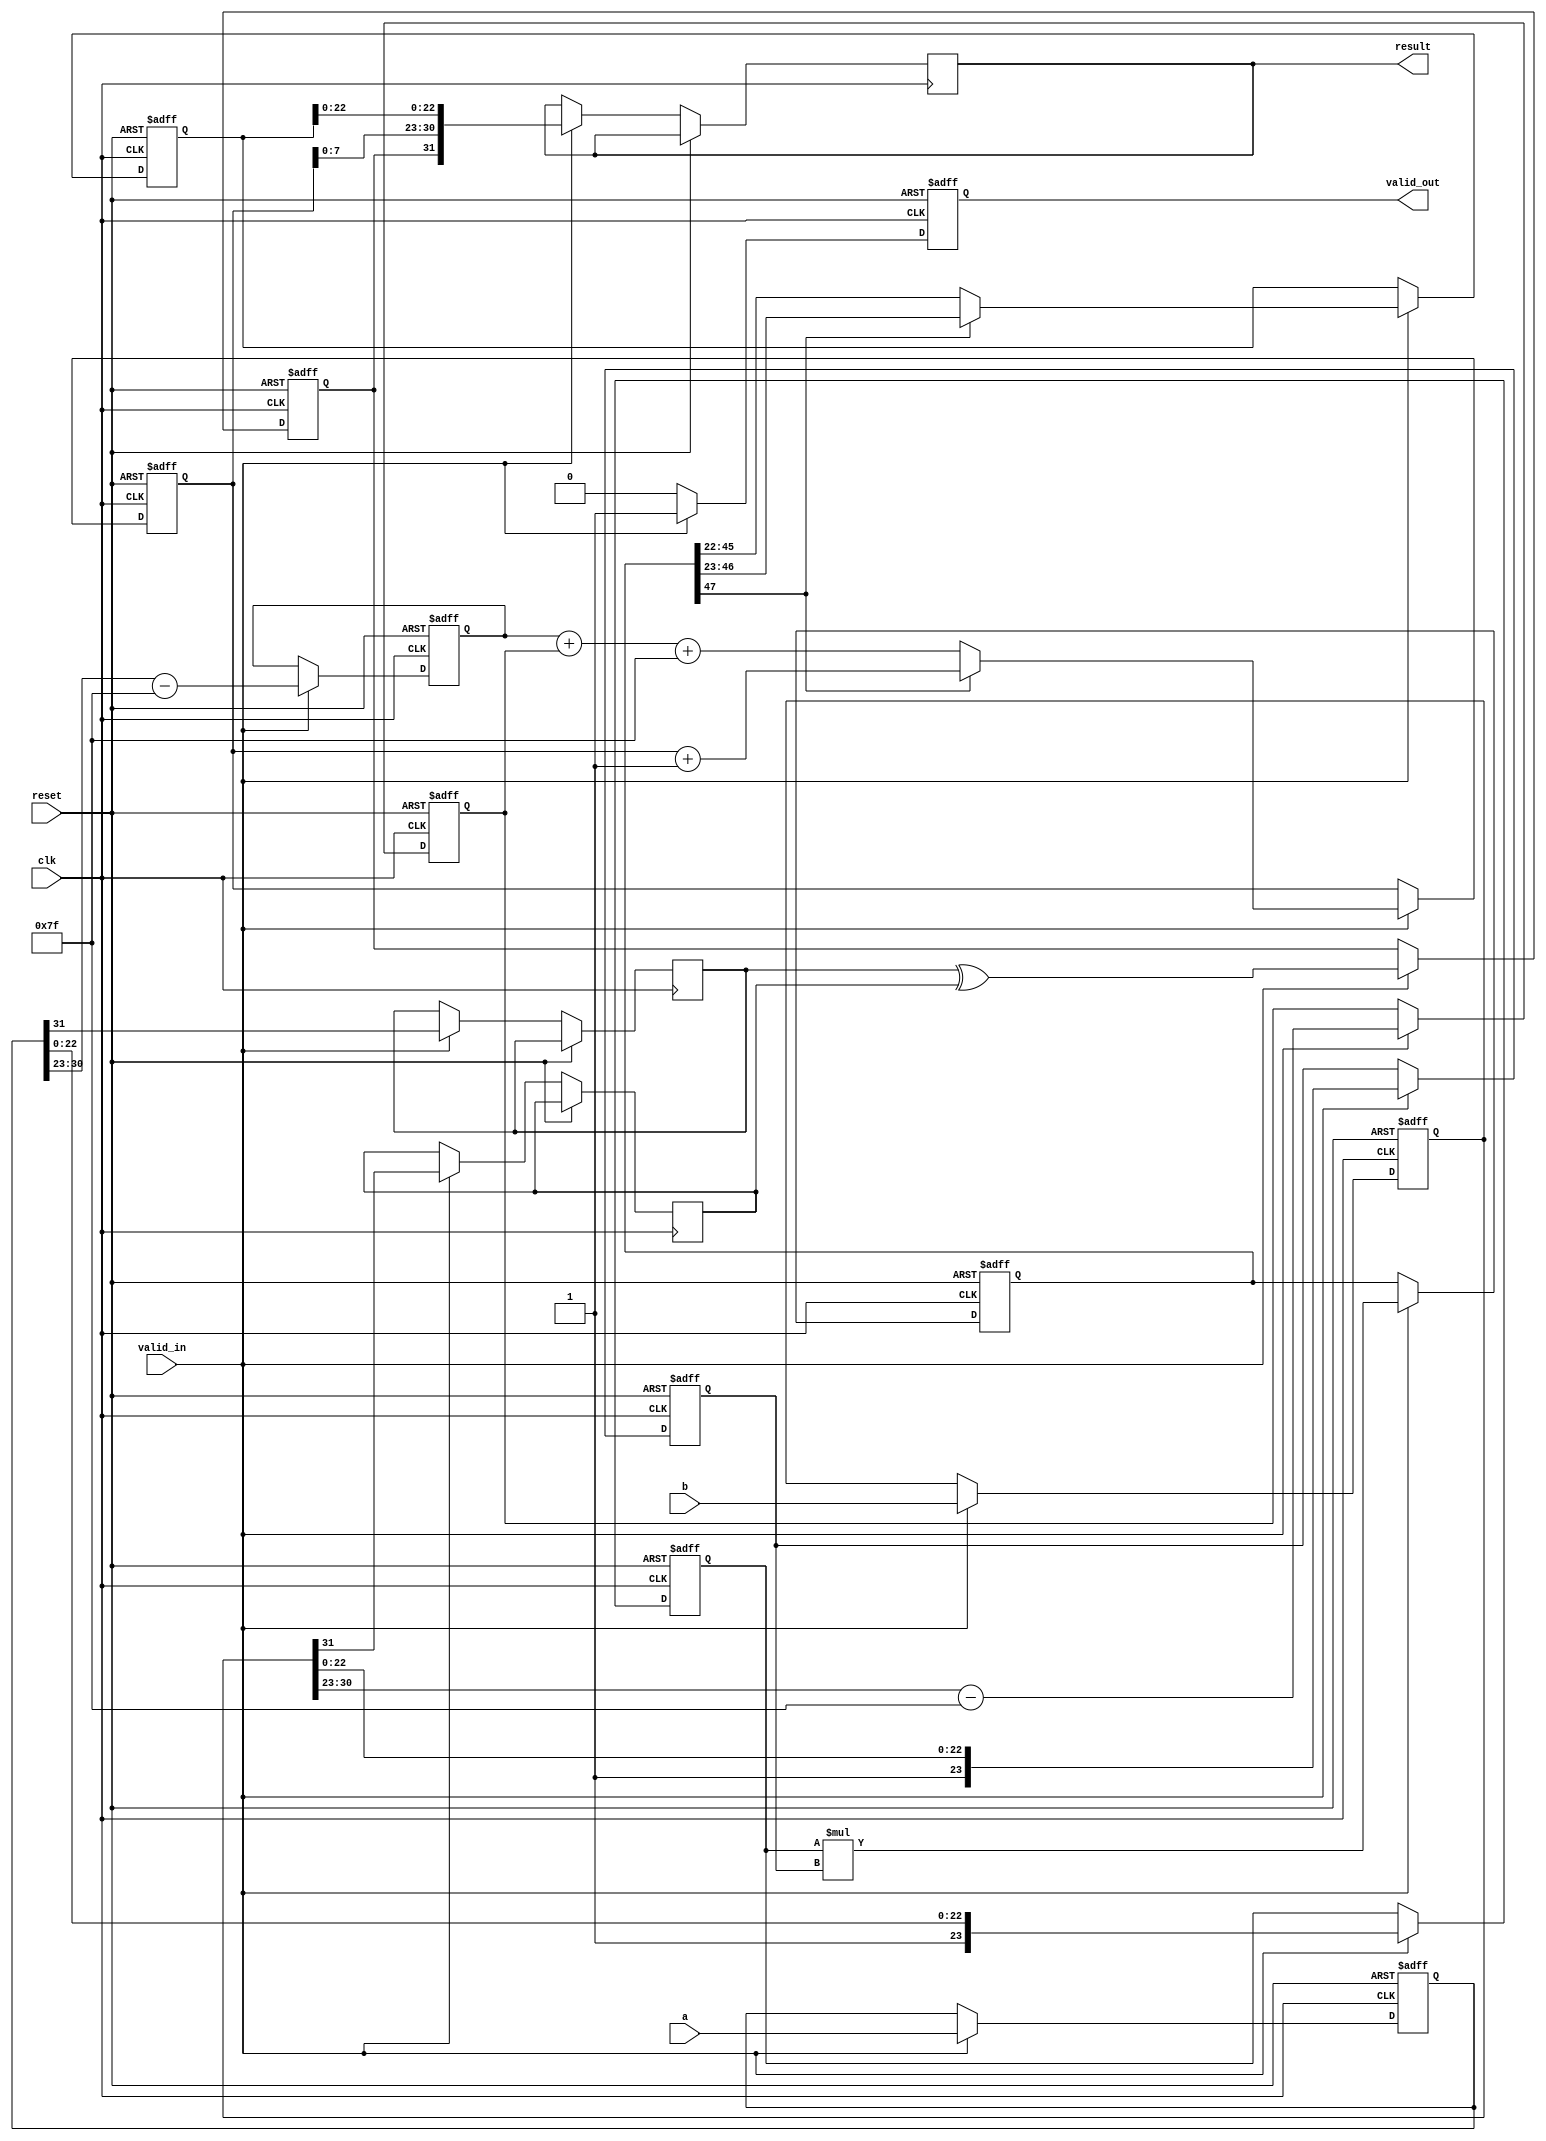
module pipelined_fp_multiplier (
    input clk,
    input reset,
    input valid_in,
    input [31:0] a, // First operand
    input [31:0] b, // Second operand
    output reg valid_out,
    output reg [31:0] result // Result of the multiplication
);

    // Pipeline registers
    reg [31:0] a_reg, b_reg; // Input stage
    reg [7:0] exp_a, exp_b; // Exponent registers
    reg [23:0] mant_a, mant_b; // Mantissa registers
    reg sign_a, sign_b; // Sign bits
    reg [47:0] mant_product; // Product of mantissas
    reg [8:0] exp_result; // Result exponent
    reg sign_result; // Result sign
    reg [23:0] mant_result; // Result mantissa
    reg [4:0] stage; // Pipeline stage counter

    // Control logic for the pipeline
    always @(posedge clk or posedge reset) begin
        if (reset) begin
            // Reset all registers
            a_reg <= 0;
            b_reg <= 0;
            exp_a <= 0;
            exp_b <= 0;
            mant_a <= 0;
            mant_b <= 0;
            mant_product <= 0;
            exp_result <= 0;
            sign_result <= 0;
            mant_result <= 0;
            valid_out <= 0;
            stage <= 0;
        end else if (valid_in) begin
            // Input Stage
            a_reg <= a;
            b_reg <= b;

            // Normalize input
            sign_a <= a_reg[31];
            sign_b <= b_reg[31];
            exp_a <= a_reg[30:23] - 127; // Remove bias
            exp_b <= b_reg[30:23] - 127; // Remove bias
            mant_a <= {1'b1, a_reg[22:0]}; // Implicit leading 1
            mant_b <= {1'b1, b_reg[22:0]}; // Implicit leading 1

            // Multiplication Stage
            mant_product <= mant_a * mant_b;

            // Exponent Calculation Stage
            exp_result <= exp_a + exp_b + 127; // Add bias back

            // Determine sign of the result
            sign_result <= sign_a ^ sign_b;

            // Normalization Output Stage
            if (mant_product[47]) begin
                mant_result <= mant_product[46:23]; // Shift right
                exp_result <= exp_result + 1; // Increment exponent
            end else begin
                mant_result <= mant_product[45:22]; // Keep as is
            end

            // Output Stage
            result <= {sign_result, exp_result[7:0], mant_result[22:0]};
            valid_out <= 1;
            stage <= stage + 1;
        end else begin
            valid_out <= 0;
        end
    end
endmodule